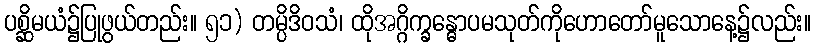
ပစ္ဆိမယံ၌ပြုဖွယ်တည်း။ ၅၁) တမ္ပိဒိဝသံ၊ ထိုအဂ္ဂိက္ခန္ဓောပမသုတ်ကိုဟောတော်မူသောနေ့၌လည်း။